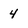
Character: 4